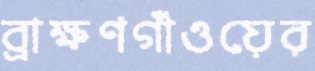
ব্রাক্ষণগাঁওয়ের